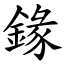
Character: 䤸